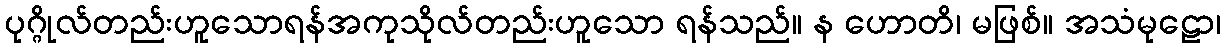
ပုဂ္ဂိုလ်တည်းဟူသောရန်အကုသိုလ်တည်းဟူသော ရန်သည်။ န ဟောတိ၊ မဖြစ်။ အသံမုဠော၊